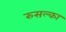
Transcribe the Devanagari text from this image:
रुसल्का